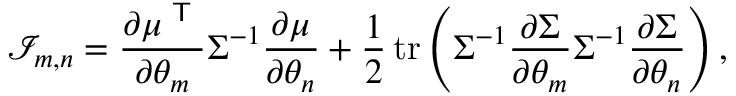
{ \mathcal { I } } _ { m , n } = { \frac { \partial \mu ^ { \textsf { T } } } { \partial \theta _ { m } } } \Sigma ^ { - 1 } { \frac { \partial \mu } { \partial \theta _ { n } } } + { \frac { 1 } { 2 } } \operatorname { t r } \left( \Sigma ^ { - 1 } { \frac { \partial \Sigma } { \partial \theta _ { m } } } \Sigma ^ { - 1 } { \frac { \partial \Sigma } { \partial \theta _ { n } } } \right) ,